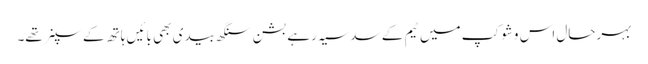
بہرحال اس وشوکپ میں ٹیم کے سدسیہ رہے بشن سنگھ بیدی بھی بائیں ہاتھ کے سپنر تھے۔